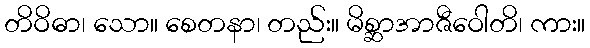
တိဝိဓာ၊ သော။ စေတနာ၊ တည်း။ မိစ္ဆာအာဇီဝေါတိ၊ ကား။